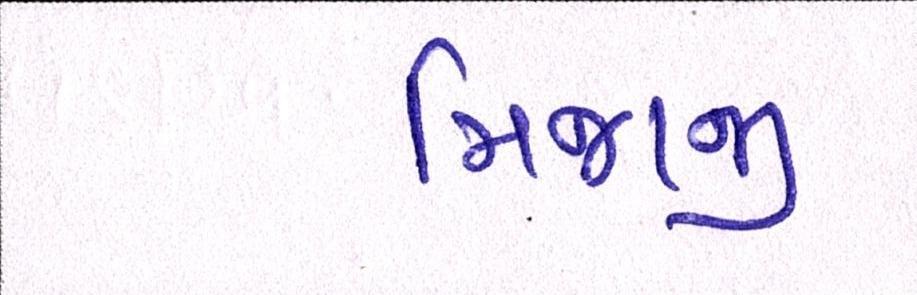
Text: મિજાજી